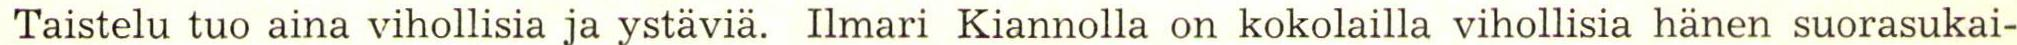
 Taistelu tuo aina vihollisia ja ystäviä. Ilmari Kiannolla on kokolailla vihollisia hänen suorasukai-